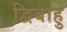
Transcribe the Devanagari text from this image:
द्विबाहु